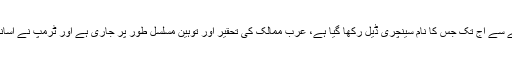
کیمپ ڈیوڈ سے اوسلو کے معاہدے تک اور دو حکومت بنانے کے منصوبے سے آج تک جس کا نام سینچری ڈیل رکھا گیا ہے، عرب ممالک کی تحقیر اور توہین مسلسل طور پر جاری ہے اور ٹرمپ نے آسانی سے سعودیوں اور اماراتی حکام کو دودھ دینے والے گائے کا نام دیا ہے۔